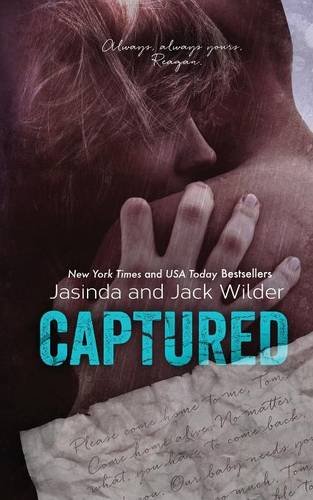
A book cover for Captured; Jasinda Wilder; Romance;